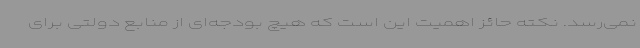
نمی‌رسد. نکته حائز اهمیت این است که هیچ بودجه‌ای از منابع دولتی برای